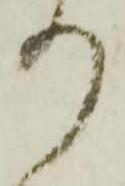
り